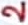
Text: 2